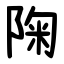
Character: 陱